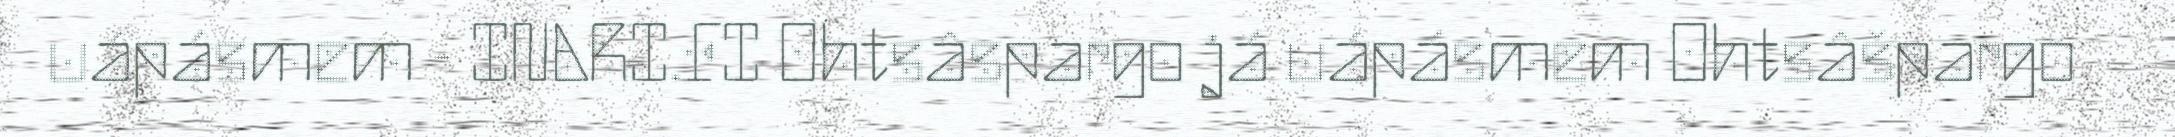
uápásmem - INARI.FI Ohtsâspargo já uápásmem Ohtsâšpargo